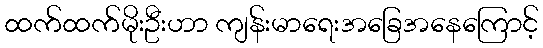
ထက်ထက်မိုးဦးဟာ ကျန်းမာရေးအခြေအနေကြောင့်